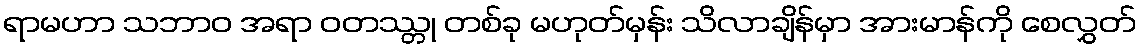
ရာမဟာ သဘာဝ အရာ ဝတဿ္တု တစ်ခု မဟုတ်မှန်း သိလာချိန်မှာ အားမာန်ကို စေလွှတ်